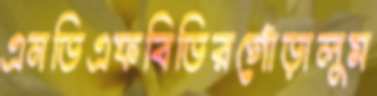
এনডিএফবিডিরগোঁড়ালুম